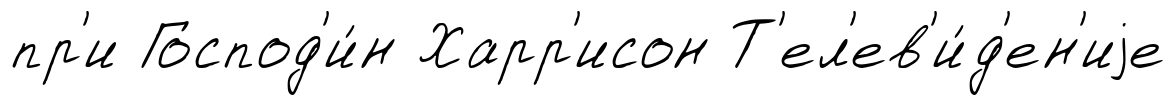
пр'и Господ'и́н Харр'исон Т'ел'ев'и́д'ен'иjе